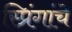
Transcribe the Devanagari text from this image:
स्प्रिंगांचे